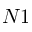
N 1